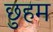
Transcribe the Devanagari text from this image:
छुहम